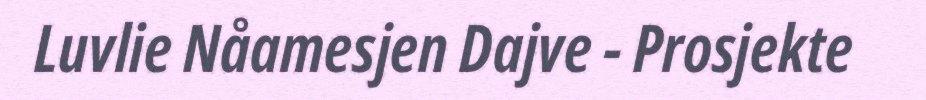
Luvlie Nåamesjen Dajve - Prosjekte